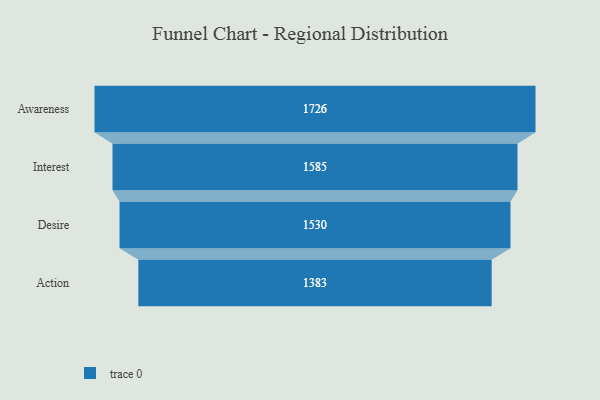
{"axis": {"x": "Stage", "y": "Value"}, "legend": [""], "data": [{"x": "Awareness", "y": 1726.0, "type": ""}, {"x": "Interest", "y": 1585.0, "type": ""}, {"x": "Desire", "y": 1530.0, "type": ""}, {"x": "Action", "y": 1383.0, "type": ""}]}